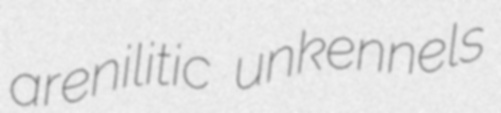
arenilitic unkennels